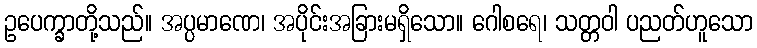
ဥပေက္ခာတို့သည်။ အပ္ပမာဏေ၊ အပိုင်းအခြားမရှိသော။ ဂေါစရေ၊ သတ္တဝါ ပညတ်ဟူသော